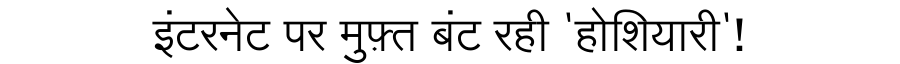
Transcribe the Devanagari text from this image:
इंटरनेट पर मुफ़्त बंट रही 'होशियारी'!